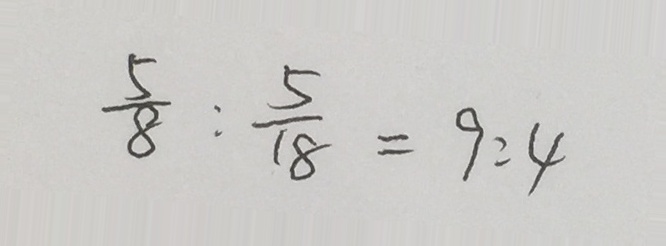
\frac { 5 } { 8 } : \frac { 5 } { 1 8 } = 9 : 4